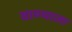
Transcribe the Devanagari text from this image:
वाण्याला